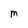
Character: m